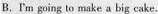
B.I'm going to make a big cake.